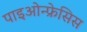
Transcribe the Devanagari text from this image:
पाइओन्फ्रेसिस